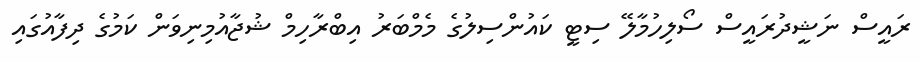
ރައީސް ނަޝީދުރައީސް ސޯލިހުމާލޭ ސިޓީ ކައުންސިލުގެ މެމްބަރު އިބްރާހިމް ޝުޖާއުމިނިވަން ކަމުގެ ދިފާއުގައި